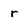
Character: r